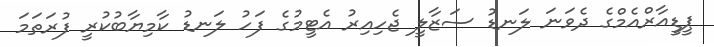
ޕީޑީއާރްއެމްގެ ދެވަނަ ލަނޑު ސަޒާލީ ޖެހިއިރު އެޓީމުގެ ފަހު ލަނޑު ކާމިޔާބުކުރީ ފުރަތަމަ